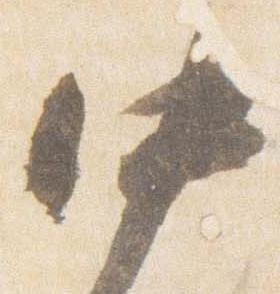
中